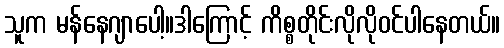
သူက မန်နေဂျာပေါ့။ဒါကြောင့် ကိစ္စတိုင်းလိုလိုဝင်ပါနေတယ်။